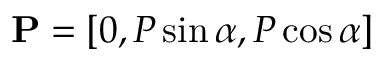
\mathbf { P } = [ 0 , P \sin \alpha , P \cos \alpha ]